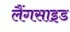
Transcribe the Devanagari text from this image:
लैंगसाइड